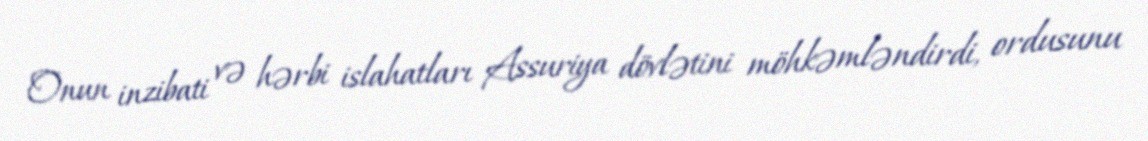
Onun inzibati və hərbi islahatları Assuriya dövlətini möhkəmləndirdi, ordusunu